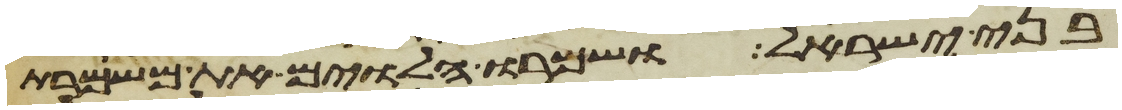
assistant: בני ישראל ושמרו הלוים את משמרת